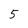
Character: 5